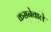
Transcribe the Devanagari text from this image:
कसनेवाले